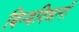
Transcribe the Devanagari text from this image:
बिम्बविधानों